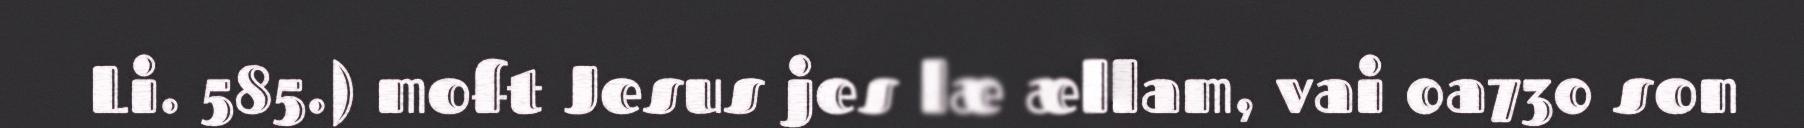
Li. 585.) moft Jesus jes læ ællam, vai 0a730 son